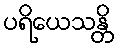
ပရိယေသန္တိ